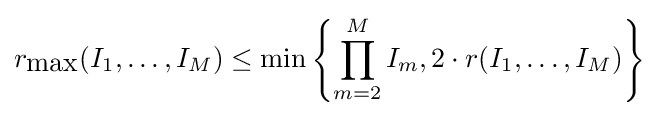
r_{\mbox{max}}(I_{1},\ldots ,I_{M})\leq \min \left\{\prod _{m=2}^{M}I_{m},2\cdot r(I_{1},\ldots ,I_{M})\right\}